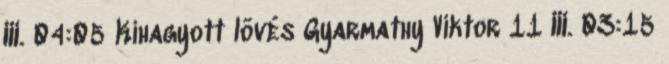
III. 04:05 Kihagyott lövés Gyarmathy Viktor 11 III. 03:15